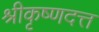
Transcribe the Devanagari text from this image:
श्रीकृष्णदत्त